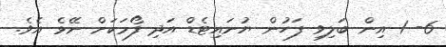
6- 1 އިން ބަލިވި ފަހުން ޔުނައިޓެޑް އަދި ފޯމަކަށް ނޭޅެ އެވެ.